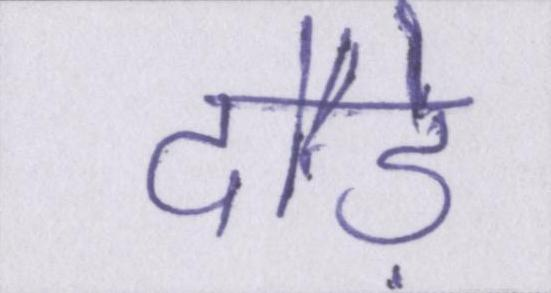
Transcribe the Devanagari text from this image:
दौड़े